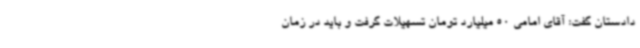
دادستان گفت: آقای امامی 50 میلیارد تومان تسهیلات گرفت و باید در زمان